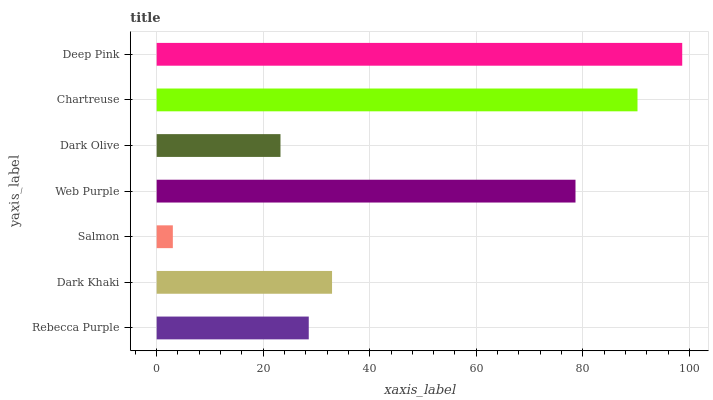
| yaxis_label | bars |
 | --- | --- |
 | Rebecca Purple | 28.6 |
 | Dark Khaki | 32.9 |
 | Salmon | 3.04 |
 | Web Purple | 78.6 |
 | Dark Olive | 23.2 |
 | Chartreuse | 90.3 |
 | Deep Pink | 98.7 |